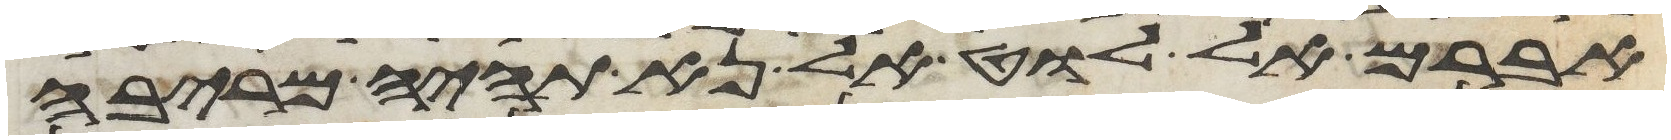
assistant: אברם אל לוט אל נא תהיה מריבה